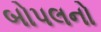
બોપલનો